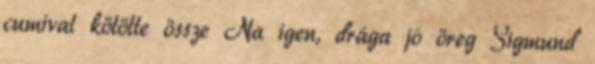
cumival kötötte össze Na igen, drága jó öreg Sigmund